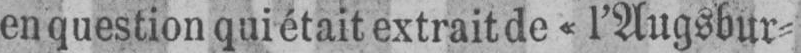
en question qui était extrait de «l’Augsbur⸗